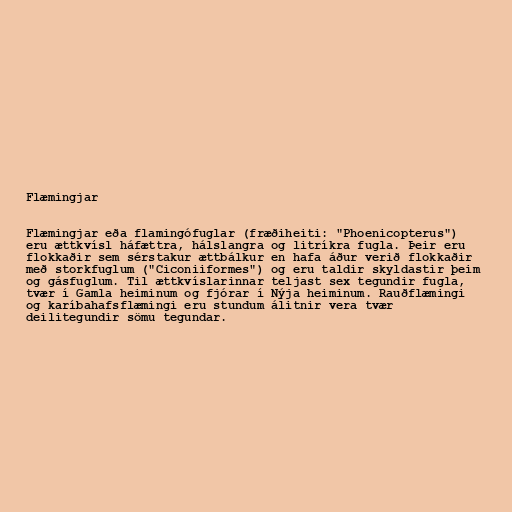
Flæmingjar

Flæmingjar eða flamingófuglar (fræðiheiti: "Phoenicopterus")
eru ættkvísl háfættra, hálslangra og litríkra fugla. Þeir eru
flokkaðir sem sérstakur ættbálkur en hafa áður verið flokkaðir
með storkfuglum ("Ciconiiformes") og eru taldir skyldastir þeim
og gásfuglum. Til ættkvíslarinnar teljast sex tegundir fugla,
tvær í Gamla heiminum og fjórar í Nýja heiminum. Rauðflæmingi
og karíbahafsflæmingi eru stundum álitnir vera tvær
deilitegundir sömu tegundar.